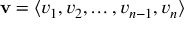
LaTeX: \mathbf { v } = \langle v _ { 1 } , v _ { 2 } , \dots , v _ { n - 1 } , v _ { n } \rangle